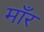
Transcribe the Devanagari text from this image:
माँर